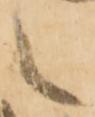
之